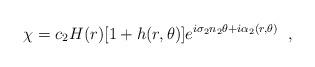
LaTeX: \begin{align*} \chi=c_{2}H(r)[1+h(r,\theta)] e^{i\sigma_{2}n_{2}\theta+i\alpha_{2}(r,\theta)} \;\;,\end{align*}